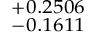
^ { + 0 . 2 5 0 6 } _ { - 0 . 1 6 1 1 }